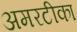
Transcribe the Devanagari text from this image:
अमरटीका